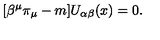
\lbrack \beta ^ { \mu } \pi _ { \mu } - m ] U _ { \alpha \beta } ( x ) = 0 .